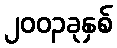
၂၀၀၃ခုနှစ်